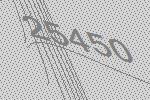
25450